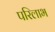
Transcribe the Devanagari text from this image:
परिलाभ